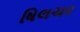
ષિલચર